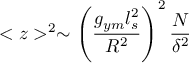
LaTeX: < z > ^ { 2 } \sim \left( { \frac { g _ { y m } l _ { s } ^ { 2 } } { R ^ { 2 } } } \right) ^ { 2 } { \frac { N } { \delta ^ { 2 } } }